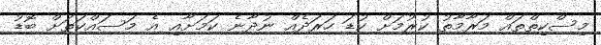
މިސްކިތްތައް މަރާމާތު ކުރުމަށް ކުޑަ ހަރަދެއް ނުދާނެ ކަމަށާއި އެ މަސައްކަތަށް ބޮޑު